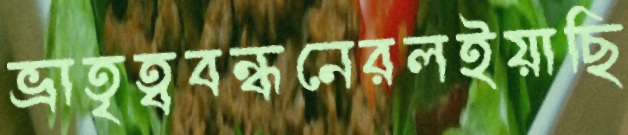
ভ্রাতৃত্ববন্ধনেরলইয়াছি